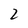
Character: 2